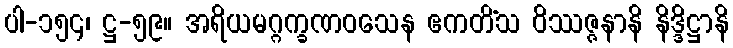
ပါ-၁၅၄၊ ဋ္ဌ-၅၉။ အရိယမဂ္ဂက္ခဏဝသေန ဧကတိံသ ဝိဿဇ္ဇနာနိ နိဒ္ဒိဋ္ဌာနိ